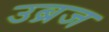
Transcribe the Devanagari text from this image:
उब्रज